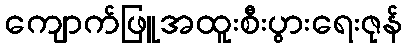
ကျောက်ဖြူအထူးစီးပွားရေးဇုန်